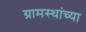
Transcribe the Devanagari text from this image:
ग्रामस्‍थांच्‍या